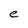
Character: e